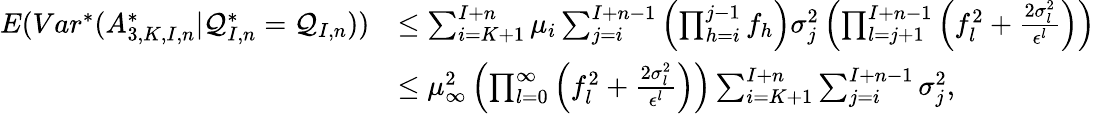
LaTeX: \begin{array}{rl}{E(Var^{*}(A_{3,K,I,n}^{*}|\mathcal{Q}_{I,n}^{*}=\mathcal{Q}_{I,n}))}&{\leq\sum_{i=K+1}^{I+n}\mu_{i}\sum_{j=i}^{I+n-1}\left(\prod_{h=i}^{j-1}f_{h}\right)\sigma_{j}^{2}\left(\prod_{l=j+1}^{I+n-1}\left(f_{l}^{2}+\frac{2\sigma_{l}^{2}}{\epsilon^{l}}\right)\right)}\\ &{\leq\mu_{\infty}^{2}\left(\prod_{l=0}^{\infty}\left(f_{l}^{2}+\frac{2\sigma_{l}^{2}}{\epsilon^{l}}\right)\right)\sum_{i=K+1}^{I+n}\sum_{j=i}^{I+n-1}\sigma_{j}^{2},}\end{array}